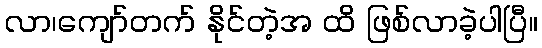
လာ၊ကျော်တက် နိုင်တဲ့အ ထိ ဖြစ်လာခဲ့ပါပြီ။